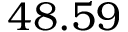
4 8 . 5 9